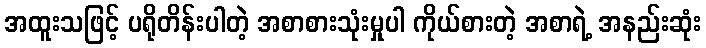
အထူးသဖြင့် ပရိုတိန်းပါတဲ့ အစာစားသုံးမှုပါ ကိုယ်စားတဲ့ အစာရဲ့ အနည်းဆုံး